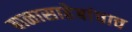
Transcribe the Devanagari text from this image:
बाळासाहेबांचाच